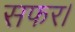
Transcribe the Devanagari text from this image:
सफर।